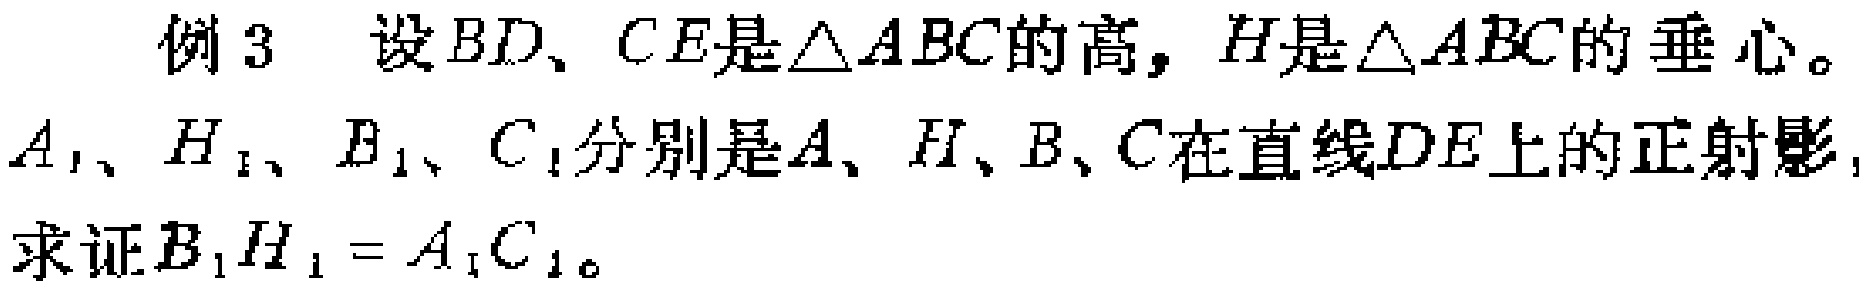
例3 设 \(BD\)、\(CE\)是\(\triangle ABC\)的高，\(H\)是\(\triangle ABC\)的垂心。\(A_1\)、\(H_1\)、\(B_1\)、\(C_1\)分别是\(A\)、\(H\)、\(B\)、\(C\)在直线\(DE\)上的正射影，求证\(B_1H_1 = A_1C_1\)。